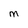
Character: M